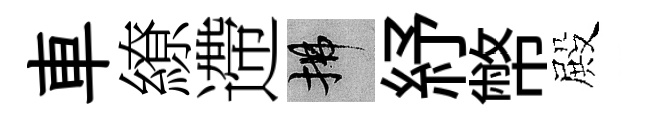
車繚遰拂紓幣殿